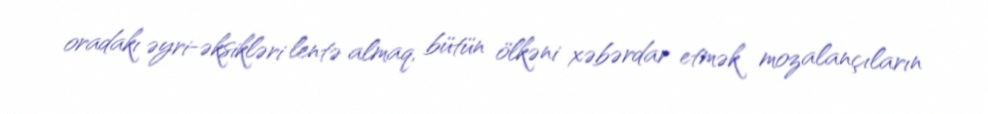
oradakı əyri-əksikləri lentə almaq, bütün ölkəni xəbərdar etmək mozalançıların